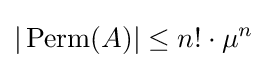
|\operatorname {Perm} (A)|\leq n!\cdot \mu ^{n}